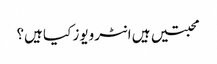
محبتیں ہیں انٹرویوز کیا ہیں؟